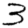
Digit: 3